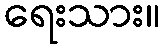
ရေးသား။